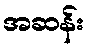
အဆန်း